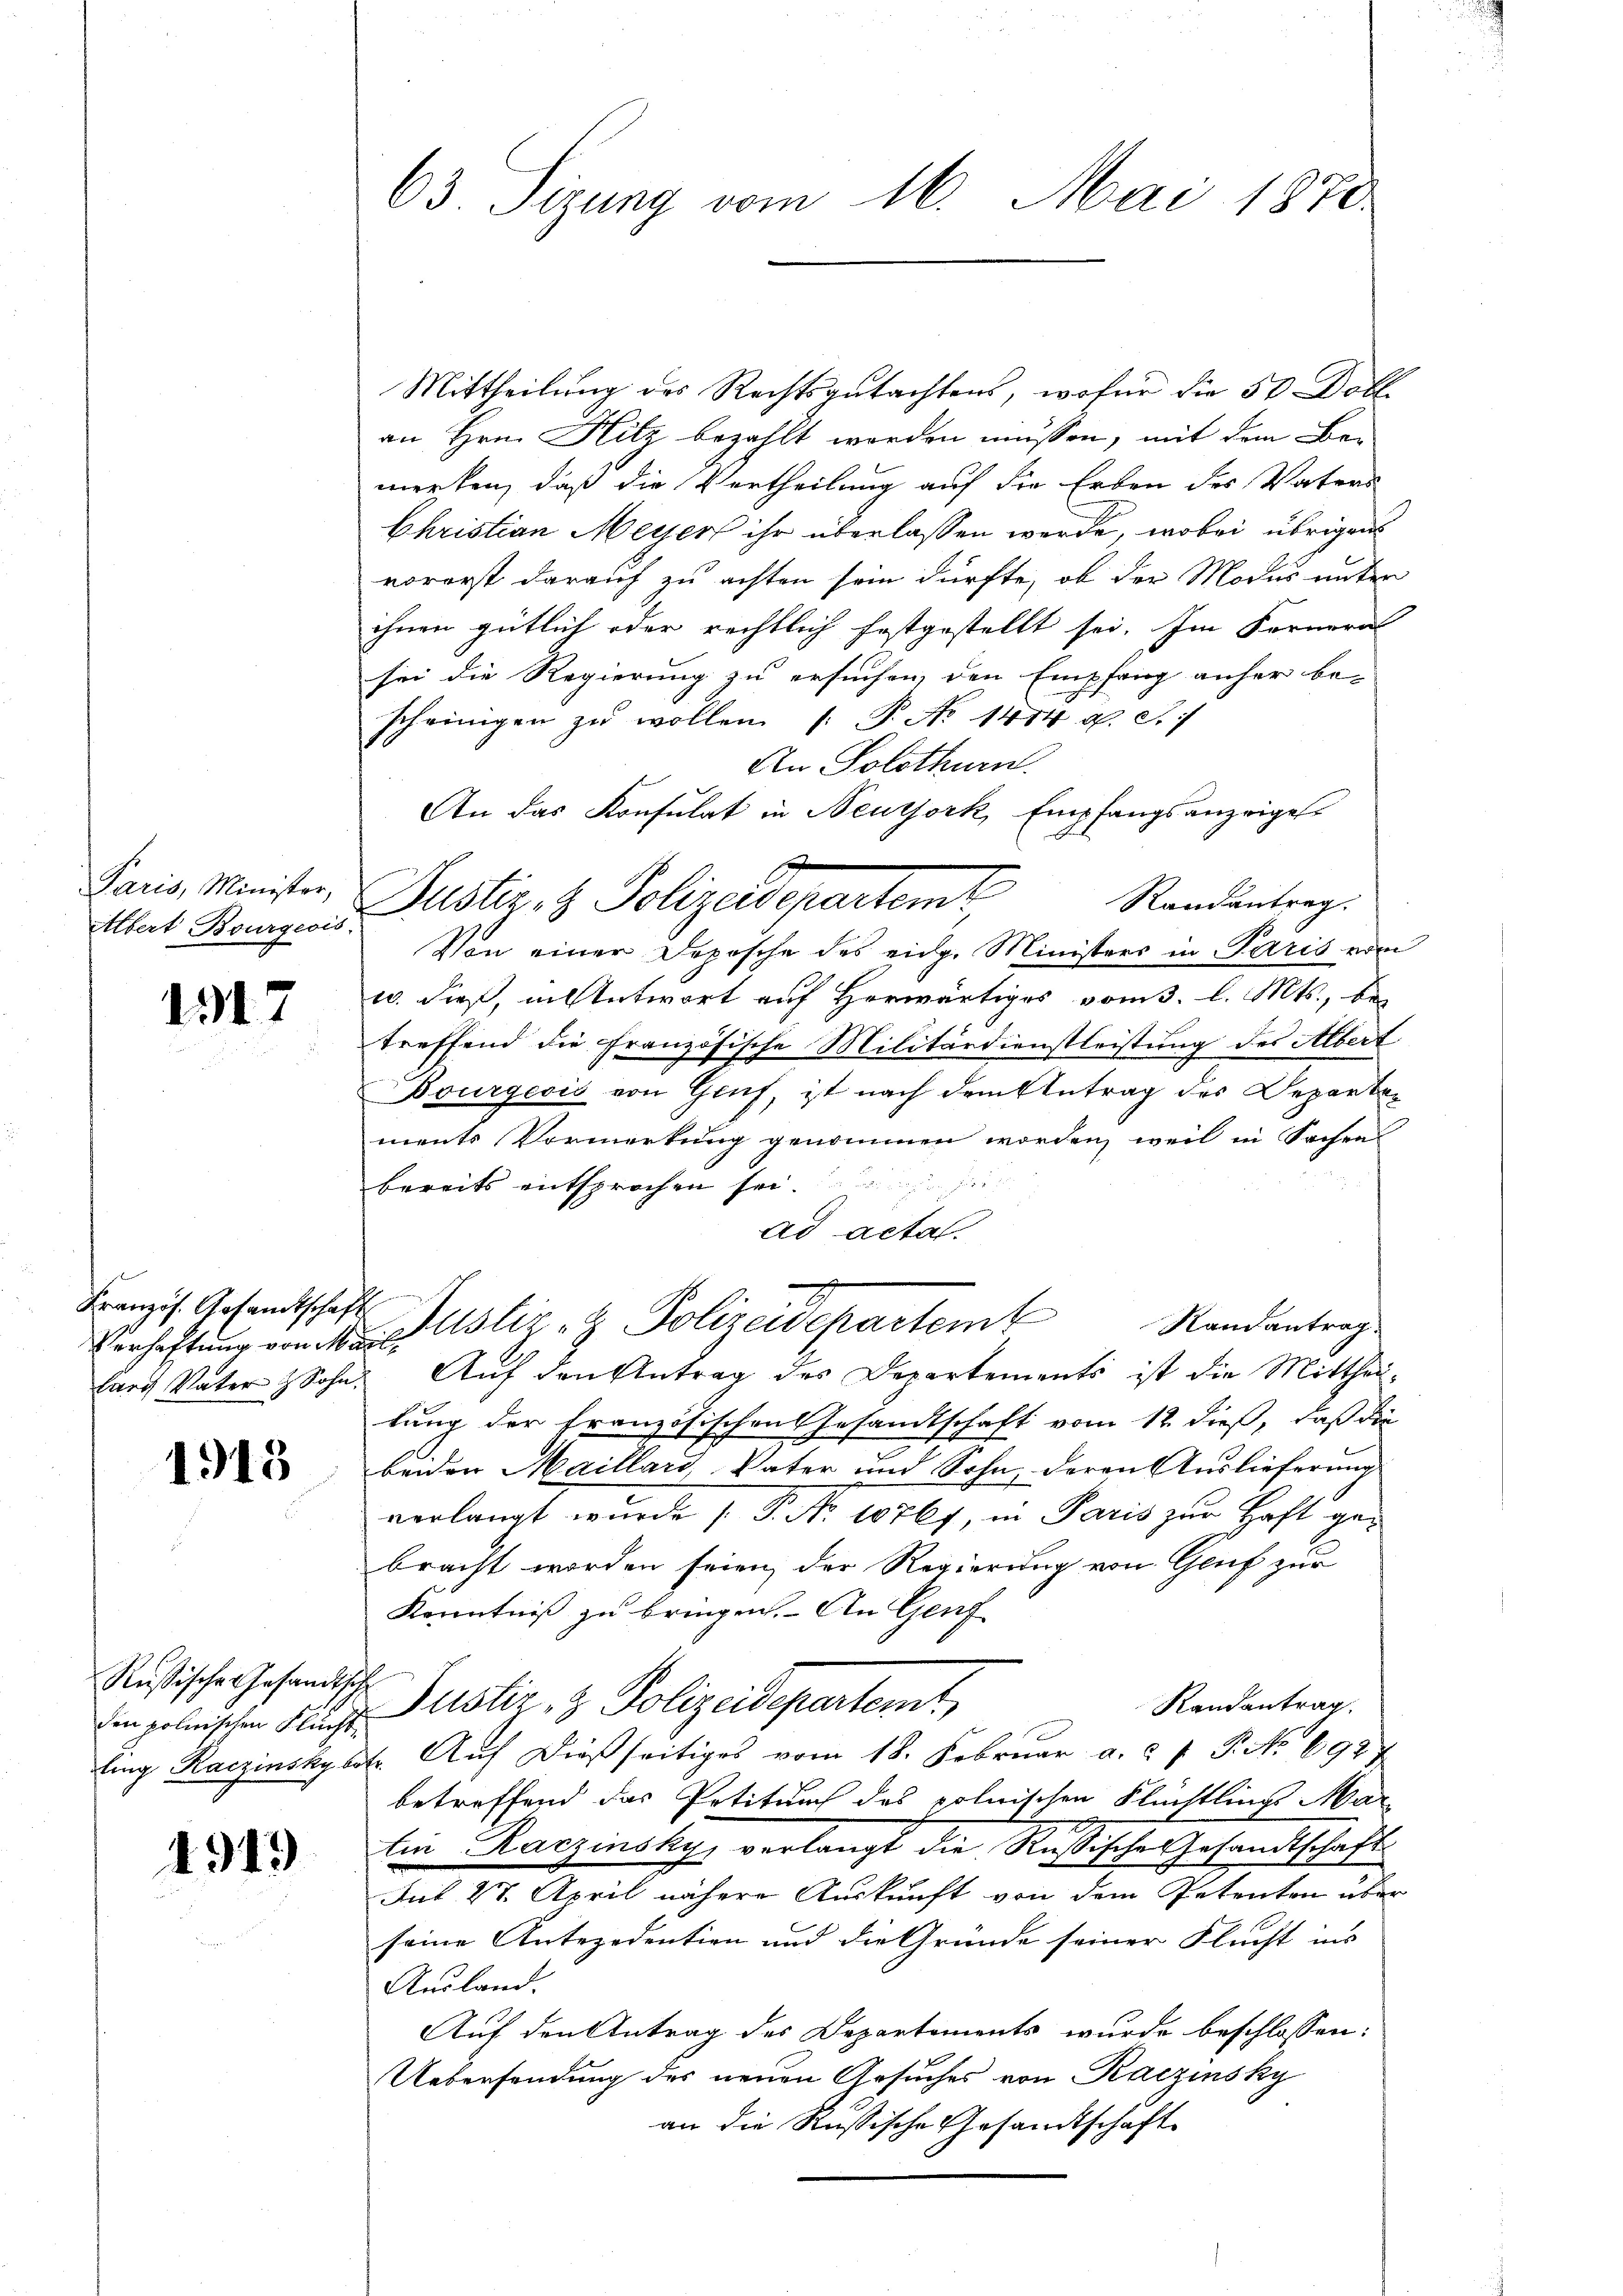
Albert Bourgeois-

1317

Verhaftung von Mail¬

1913

Russische Gesandtsch

4919

Mittheilung des Rechtsgutachtens, wofür die 50 Doll
an Hrn. Hitz bezahlt worden müssen, mit dem Bemerken, daß die Vertheilung auf die Erben des Vaters
Christian Meyer ihr überlassen werde, wobei übrigen
vorerst darauf zu achten sein dürfte, ob der Modus unter
ihnen gütlich oder rechtlich festgestellt sei. Im Ferneral
sei die Regierung zu ersuchen, den Empfang anher be-
scheinigen zu wollen P. No 1474 d. S.
An Solothurn.
An das Konsulat in Neuzjork, Empfangsanzeiges
Randantrag.
Von einer Deposche des eidg. Ministers in Paris vom
10. dieß, in Antwort auf Herwärtiges vom 3. l. Mts., be
treffend die Französische Militärdienstleistung des Albert
Bourgesis von Gruf, ist nach dem Antrag des Departen
ments Vormerkung genommen worden, weil in Sachen
bereits entsprochen sei.
ad acta.
I
Franzis. Gesandtschaft Justiz- & Polizeidepartemb
Randantrag.
larg Vater & Sohn. Aŭf den Antrag des Departements ist die Mitthei-
lung der Französischen Gesandtschaft vom 12. dieß, daß die
beiden Maillars Vater und Sohn, deren Auslieferung
verlangt wurde ( P. Nr. 10767, in Paris zur Haft gebracht worden seien, der Regierung von Gruf zur
Kenntniß zu bringen. - An Genf
Randantrag
in polnischen Fluche Justiz- & Polizeidepartemt,
ling Kaczinsky betr. Aŭf dießseitiges vom 18. Februar a. f. P. No 6987
betreffend das Petiturch des polnischen Flüchtlings Mar
tin Kaczinsky, verlangt die Rußische Gesandtschaft
Aut 27. April nähere Auskunft von dem Petenten über
seine Antezedention und die Gründe seiner Flucht ins
Ausland.
Auf den Antrag des Departements wurde beschlossen:
Uebersendung des neuen Gesuches von Kaczinsky
an die Russische Gesandtschäft

63 Sizung vom 16. Mai 1870

Jais, Meister Justiz- & Polizeidepartemt